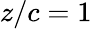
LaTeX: z/c=1